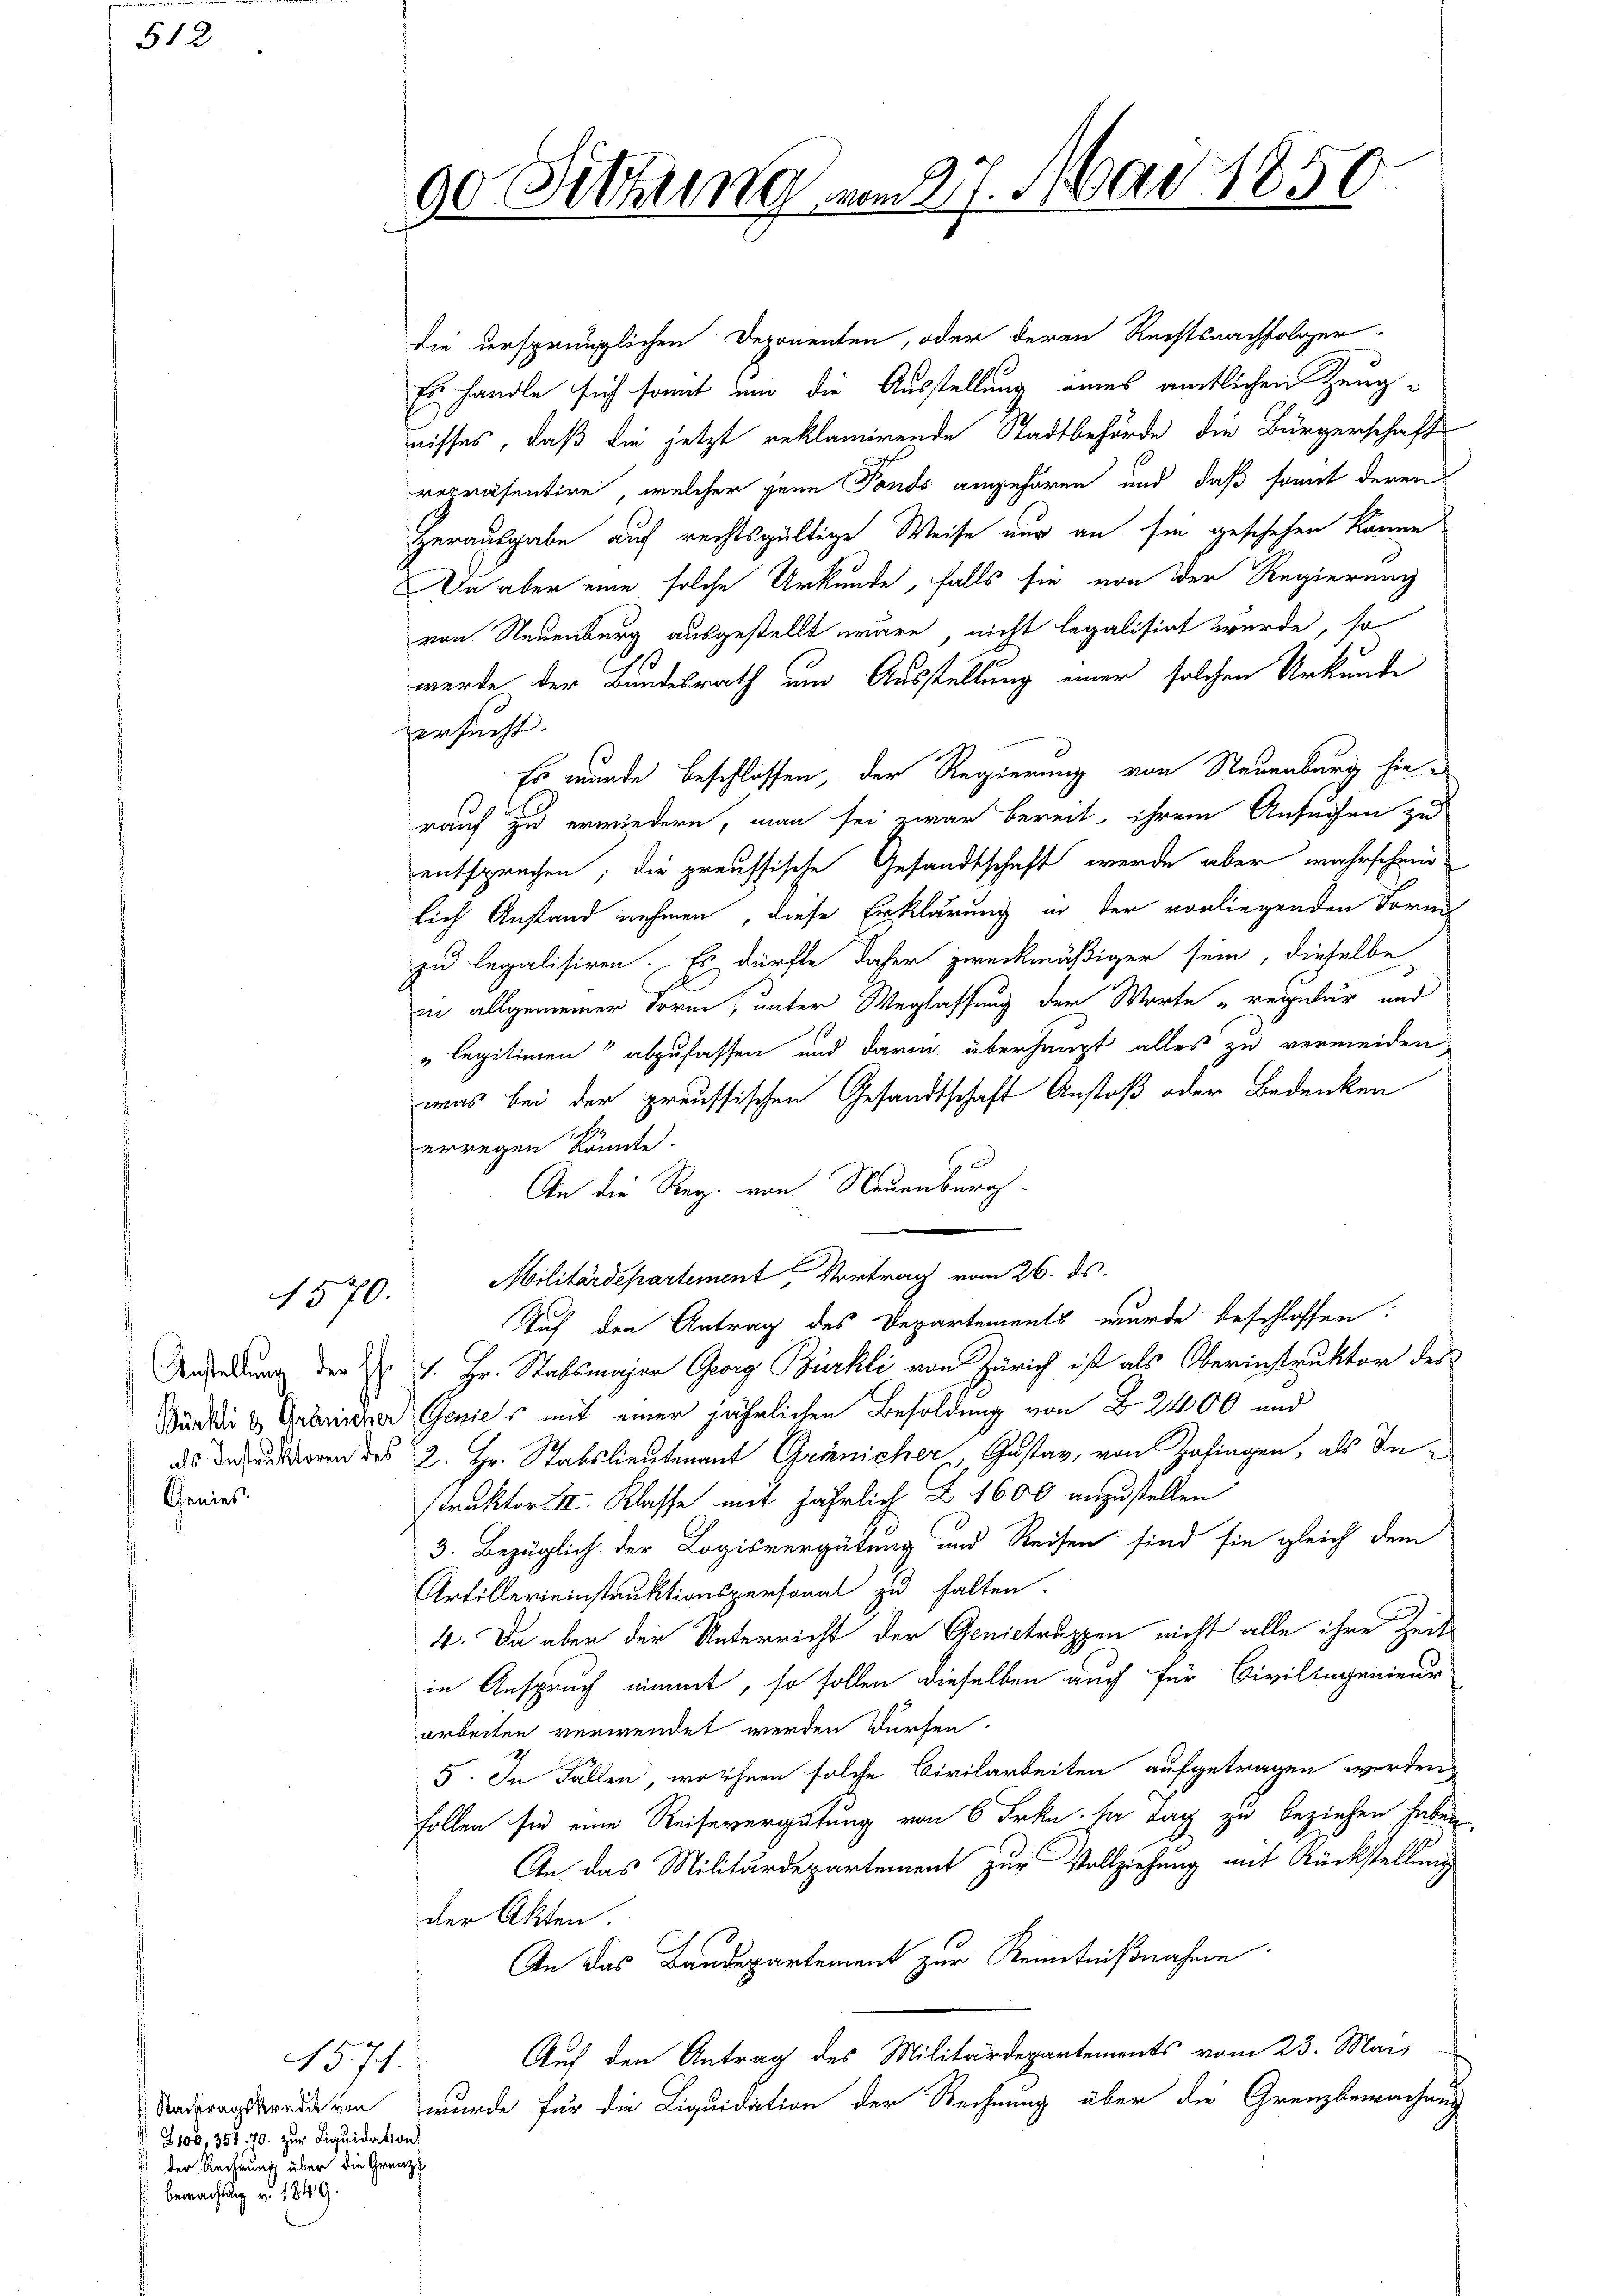
512

Genies

1571.
Z100, 351. 70. zur Liquidation
der Rechnung über die Grenz
bemächtig u. 1849.

90 Sitzung vom 27. Mai 1850.

die ursprünglichen Deponenten, oder deren Rechtsnachfolger
Es handle sich somit um die Ausstellung eines amtlichen Zeugnisses, daß die jetzt reklamirende Stadtbehörde die Bürgerschaft
repräsentire, welcher jene Fonds angehören und daß somit deren
Herausgabe auf rechtsgültige Weise nur an sie geschehen könne,
Da aber eine solche Urkunde, falls sie von der Regierung
von Neuenburg ausgestellt wäre, nicht legalisirt wurde, so
werde der Bundesrath um Ausstellung einer solchen Urkunde
versucht.
Es wurde beschlossen, der Regierung von Neuenburg hierauf zu erwiedern, man sei zwar bereit, ihrem Ansuchen zu
entsprechen; die preussische Gesandtschaft werde aber wahrschein
lich Anstand nehmen, diese Erklärung in der vorliegenden Form
zu legalisiren. Es dürfte daher zweckmäßiger sein, dieselbe
in allgemeiner Form, unter Weglassung der Worte „reipular und
" legitimen“ abzufassen und darin überhaupt alles zu vermeiden
was bei der preussischen Gesandtschaft Anstoß oder Bedenken
erregen könnte.
An die Reg. von Neuenburg-

1570. Militärdepartement Vortrag vom 26. ds.
Auf den Antrag des Departements wurde beschlossen:
Bahndung der Dr J. Hr. Stabsmajor Georg Bürkli von Zürich ist als Oberinstruktor des
Büddi & Gebrechen Genies mit einer jährlichen Besoldung von § 2400 und
ds deren des 2. Hr. Stabslieutenant Gränicher Gustav, von Zofingen, als Instrakter III. Klasse mit jährlich Z. 1600 anzustellen
3. Bezüglich der Logisvergütung und Reisen sind sie gleich dem
Artillereinstruktionspersonal zu halten.
4. Da aber der Unterricht der Genictruppen nicht alle ihre Zeit
in Anspruch nimmt, so sollen dieselben auch für Civilingenieur
arbeiten verwendet werden dürfen.
5. In Fällen, wo ihnen solche Civilarbeiten aufgetragen werden,
follen sie eine Reisevergütung von 6 Frkn. ha Tag zu beziehen haben.
An das Militärdepartement zur Vollziehung mit Rückstellung
der Akten.
An das Baudepartement zur Kenntnißnahme
Auf den Antrag des Militärdepartements vom 23. Mai
Stadtragsredavon, wurde für die Liquidation der Rechnung über die Grenzbewachung